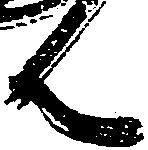
ん